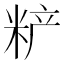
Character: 𰪼